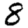
Digit: 8